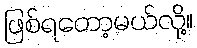
ဖြစ်ရတော့မယ်လို့။